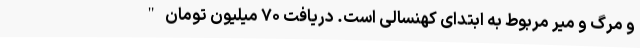
و مرگ و میر مربوط به ابتدای کهنسالی است. دریافت ۷۰ میلیون تومان "